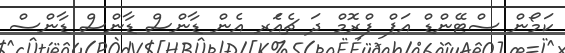
ކަމޯން ސްޓޭންޑް އަޕް ފްރޮމް ދަ ޗެއަެރ އެން ޑާންސް ޑާންސް ޑާންސް